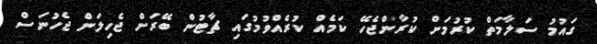
ގައުމު ސަލާމަތް ކުރުމަށް ކުރާންޖެހޭ ކަމެއް ކުރެއްވުމުގައި ޗާޓުން ބޭރަށް ޖެހިލަން ޖެހުނަސް